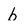
Character: b